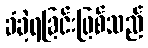
ခံခဲ့ရခြင်းဖြစ်သည်